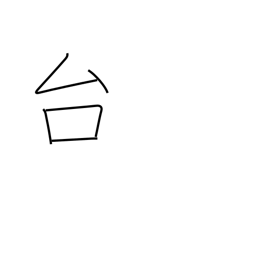
Meaning: pedestal